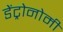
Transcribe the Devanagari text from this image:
डेंट्रोनोमी